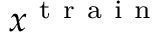
x ^ { \mathrm { ~ t ~ r ~ a ~ i ~ n ~ } }